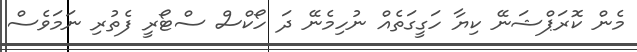
މެން ކޮރަޕްޝަނޭ ކިޔާ ހަގީގަތެއް ނުހިމެނޭ ދަ ހޯކްސް ސްޓޯރީ ފެތުރި ނަމަވެސް